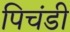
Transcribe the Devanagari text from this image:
पिचंडी